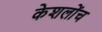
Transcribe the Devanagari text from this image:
केशलोंच